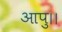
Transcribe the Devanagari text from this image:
आपु।।